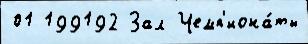
01 199192 Зал Чемп'иона́ты